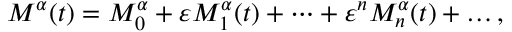
\begin{array} { r } { M ^ { \alpha } ( t ) = M _ { 0 } ^ { \alpha } + \varepsilon M _ { 1 } ^ { \alpha } ( t ) + \dots + \varepsilon ^ { n } M _ { n } ^ { \alpha } ( t ) + \dots , } \end{array}